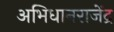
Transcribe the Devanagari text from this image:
अभिधानराजेंद्र